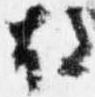
故